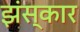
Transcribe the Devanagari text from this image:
झंस्कार